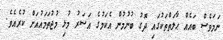
ނަމަވެސް ބައެއް ޙާލަތްތަކުގައި ދޮގު ބުނުމުން އެކަމުގެ އަސަރު މުޅި މުޖުތަމައުއަށް ކުރެއެވެ.